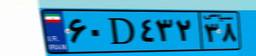
۶۰D۴۳۲۳۸